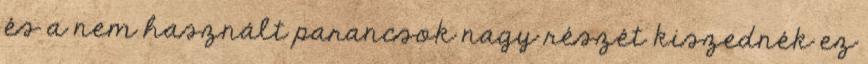
és a nem használt parancsok nagy részét kiszednék ez